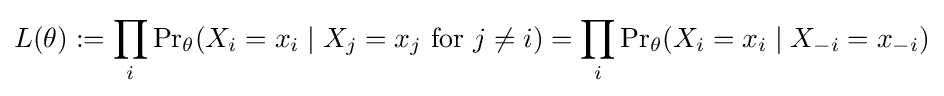
L(\theta ):=\prod _{i}\mathrm {Pr} _{\theta }(X_{i}=x_{i}\mid X_{j}=x_{j}{\text{ for }}j\neq i)=\prod _{i}\mathrm {Pr} _{\theta }(X_{i}=x_{i}\mid X_{-i}=x_{-i})